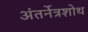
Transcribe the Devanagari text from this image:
अंतर्नेत्रशोथ